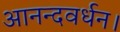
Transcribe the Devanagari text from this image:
आनन्दवर्धन।